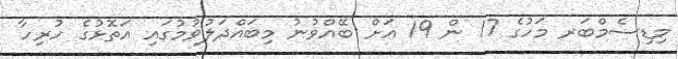
މިޑިސެމްބަރ މަހުގެ 17 ން 19 އަށް ބޭއްވުނު މިބައްދަލުވުމުގައި އަތޮޅުގެ ހުރިހާ